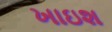
ખાઇશ